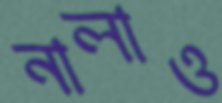
নালাও